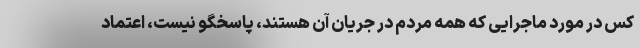
کس در مورد ماجرایی که همه مردم در جریان آن هستند، پاسخگو نیست، اعتماد